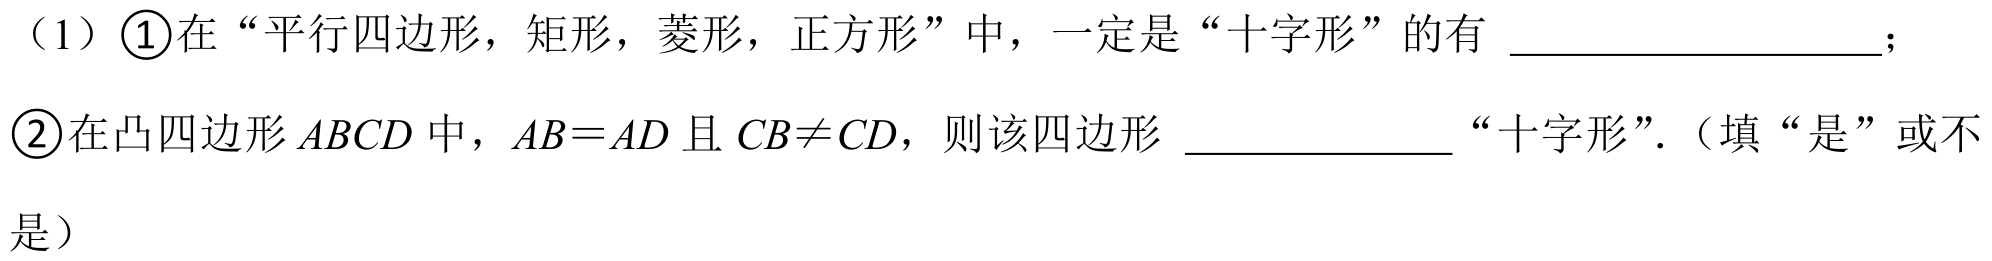
（1）\textcircled{1}在“平行四边形，矩形，菱形，正方形”中，一定是“十字形”的有 __________________；
\textcircled{2}在凸四边形\(ABCD\)中，\(AB = AD\)且\(CB\neq CD\)，则该四边形 _____________“十字形”.（填“是”或不
是）